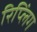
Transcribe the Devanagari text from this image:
रिप्लिंग